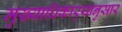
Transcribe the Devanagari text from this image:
मुख्याधिकार्‍यानुसार